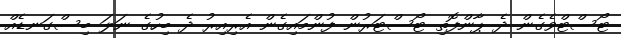
ޓޯސްޓްވެގެން ދެ ޕާންފޮތި ޓޯސްޓަރުން ފުންމައިގެން އެރިއިރު ދެ ބިހުގެ ނަލަ ބިސްގަނޑެއް